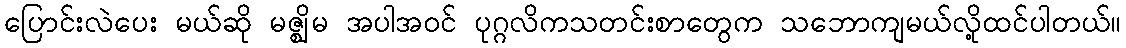
ပြောင်းလဲပေး မယ်ဆို မဇ္ဈိမ အပါအဝင် ပုဂ္ဂလိကသတင်းစာတွေက သဘောကျမယ်လို့ထင်ပါတယ်။